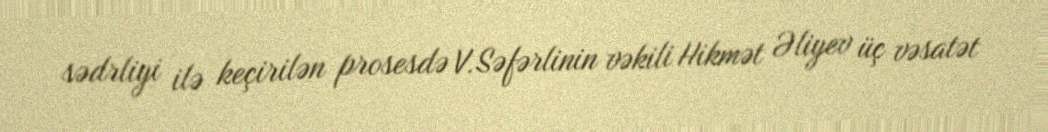
sədrliyi ilə keçirilən prosesdə V.Səfərlinin vəkili Hikmət Əliyev üç vəsatət